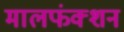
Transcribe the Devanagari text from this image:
मालफंक्शन